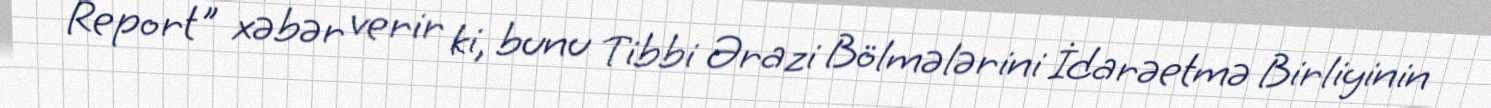
Report" xəbər verir ki, bunu Tibbi Ərazi Bölmələrini İdarəetmə Birliyinin